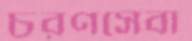
চরণসেবা